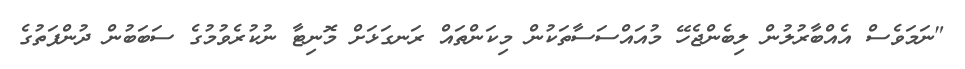
"ނަމަވެސް އެއްބާރުލުން ލިބެންޖެހޭ މުއައްސަސާތަކުން މިކަންތައް ރަނގަޅަށް މޮނިޓާ ނުކުރެވުމުގެ ސަބަބުން ދުންފަތުގެ